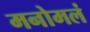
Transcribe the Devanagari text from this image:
मनोमलं